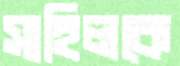
সাহিলকে